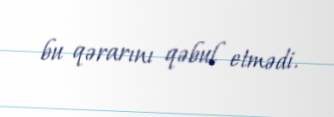
bu qərarını qəbul etmədi.